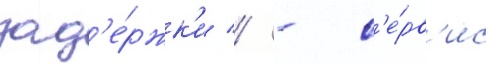
зад'е́ржк'и // - с'е́рв'ис